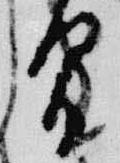
間